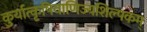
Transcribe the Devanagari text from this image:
कुर्यात्कृषिवाणिज्यशिल्पकम्